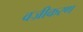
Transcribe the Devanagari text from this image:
वज्रीकरण